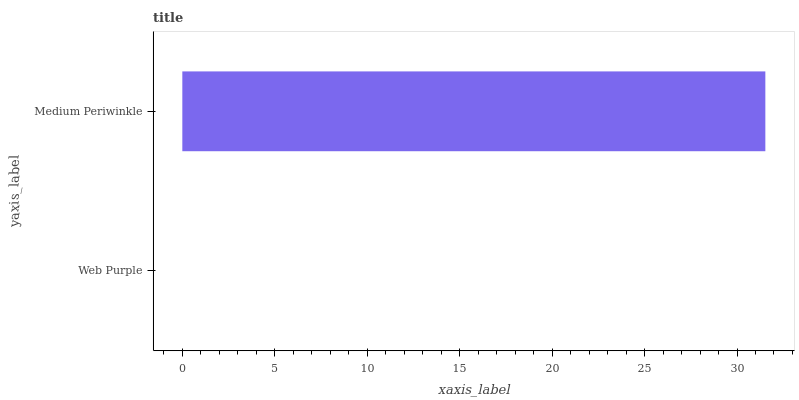
| yaxis_label | bars |
 | --- | --- |
 | Web Purple | 0 |
 | Medium Periwinkle | 31.5 |